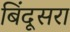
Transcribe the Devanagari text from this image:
बिंदूसरा